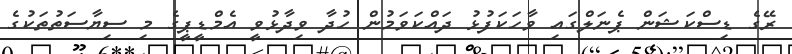
ރޭގެ ޑިސްކަޝަން ޕެނަލްގައި ވާހަކަފުޅު ދައްކަވަމުން ހުދާ ވިދާޅުވީ އެމްޑީޕީގެ މި ސިޔާސަތުތަކުގެ